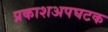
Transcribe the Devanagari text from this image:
प्रकाशअपघटक